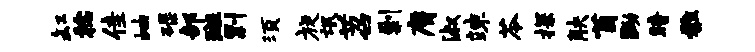
缸稔佳岫碌部斑剽须旋氓苕剿膺淑竦苓探觖茵黝暗雅